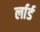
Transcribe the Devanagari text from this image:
र्लार्ड